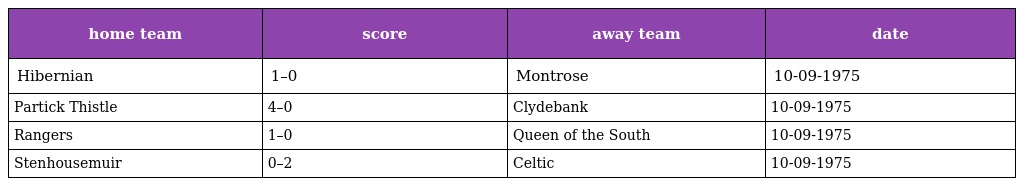
| home team | score | away team | date |
 | --- | --- | --- | --- |
 | Hibernian | 1–0 | Montrose | 10-09-1975 |
 | Partick Thistle | 4–0 | Clydebank | 10-09-1975 |
 | Rangers | 1–0 | Queen of the South | 10-09-1975 |
 | Stenhousemuir | 0–2 | Celtic | 10-09-1975 |